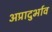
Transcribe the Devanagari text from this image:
अप्रादुर्भाव